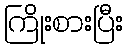
ကြိုးစားပြီး